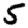
Digit: 5